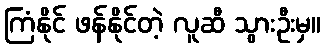
ကြံနိုင် ဖန်နိုင်တဲ့ လူဆီ သွားဦးမှ။